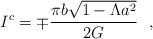
LaTeX: \begin{align*}I^c =\mp{\pi b \sqrt{1 - \Lambda a^2}\over 2G}\ \ ,\end{align*}